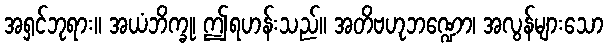
အရှင်ဘုရား။ အယံဘိက္ခု၊ ဤရဟန်းသည်။ အတိဗဟုဘဏ္ဍော၊ အလွန်များသော